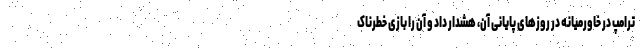
ترامپ در خاورمیانه در روزهای پایانی آن، هشدار داد و آن را بازی خطرناک